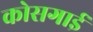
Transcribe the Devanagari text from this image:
कोसगाई